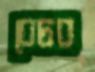
বেচব